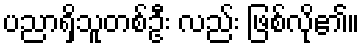
ပညာရှိသူတစ်ဦး လည်း ဖြစ်လို၏။